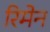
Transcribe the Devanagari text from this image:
रिमेन